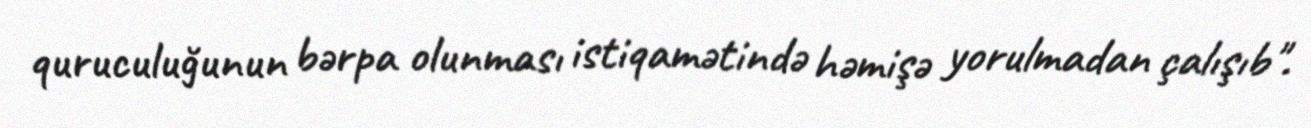
quruculuğunun bərpa olunması istiqamətində həmişə yorulmadan çalışıb".